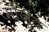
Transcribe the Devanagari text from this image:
माैजुद